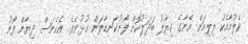
ވެލުމާއެކު ލިލިއަން އޭނާގެ ޚިޔާލު ބަދަލުކޮށް ފޯނުކަނޑާލަން އުޅުނެވެ. އެހެނަސް ދިޔާން ފޯނު